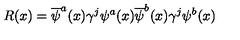
R ( x ) = \overline { \psi } ^ { a } ( x ) \gamma ^ { j } \psi ^ { a } ( x ) \overline { \psi } ^ { b } ( x ) \gamma ^ { j } \psi ^ { b } ( x )